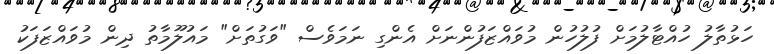
ހަޅުތާލު ހުއްޓާލުމަށް ފުލުހުން މުވައްޒަފުންނަށް އެންގި ނަމަވެސް "ވަގުތަށް" މައުލޫމާތު ދިން މުވައްޒަފަކު